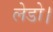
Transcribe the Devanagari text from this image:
लेडो।